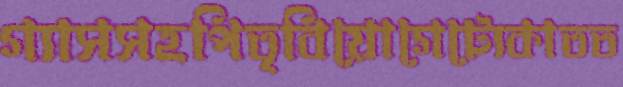
গ্যাসসহপিতৃবিয়োগেট্যেকাতত